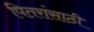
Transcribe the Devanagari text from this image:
पितरांसाठी